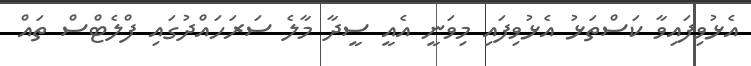
އެޅުވިފައިވާ ކަސްތަޅު އެޅުވިފައި މިވަނީ އެއީ ސީދާ މާލެ ސަރަހައްދުގައި ފްލެޓްސް ތައް